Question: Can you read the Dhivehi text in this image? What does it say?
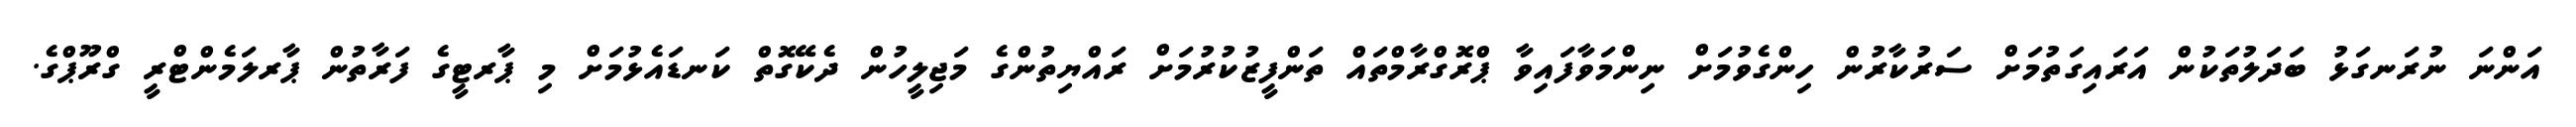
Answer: އަންނަ ނުރަނގަޅު ބަދަލުތަކުން އަރައިގަތުމަށް ސަރުކާރުން ހިންގެވުމަށް ނިންމަވާފައިވާ ޕްރޮގްރާމްތައް ތަންފީޒުކުރުމަށް ރައްޔިތުންގެ މަޖިލީހުން ދެކޭގޮތް ކަނޑައެޅުމަށް މި ޕާރޓީގެ ފަރާތުން ޕާރލަމެންޓްރީ ގްރޫޕްގެ.